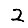
Digit: 2